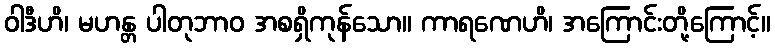
ဝါဒီဟိ၊ မဟန္တ ပါတုဘာဝ အစရှိကုန်သော။ ကာရဏေဟိ၊ အကြောင်းတို့ကြောင့်။